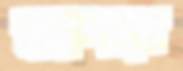
অশথে